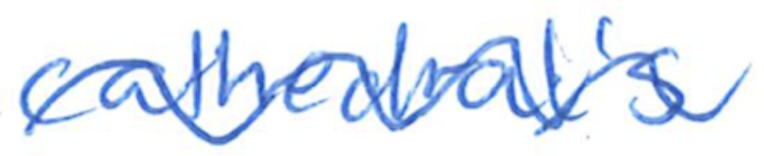
Text: cathedral's
Cross-out: wave
Writing tool: ballpoint